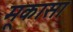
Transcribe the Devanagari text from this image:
मूकासा